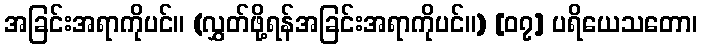
အခြင်းအရာကိုပင်။ (လွှတ်ဖို့ရန်အခြင်းအရာကိုပင်။) [၀၇] ပရိယေသတော၊